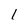
Character: 1